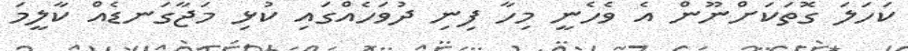
ކަހަލަ ގޮތަކަށްނޫން އެ ވެހެނީ މިހާ ފިނި ދުވަހެއްގައި ކުޅި މަޖާގަނޑެއް ކާލީމަ